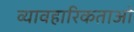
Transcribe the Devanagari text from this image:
व्यावहारिकताओ